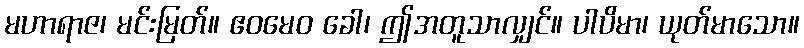
မဟာရာဇ၊ မင်းမြတ်။ ဧဝမေဝ ခေါ၊ ဤအတူသာလျှင်။ ပါပိမာ၊ ယုတ်မာသော။